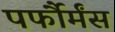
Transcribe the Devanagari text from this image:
पर्फौर्मंस